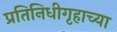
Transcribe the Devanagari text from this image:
प्रतिनिधीगृहाच्या